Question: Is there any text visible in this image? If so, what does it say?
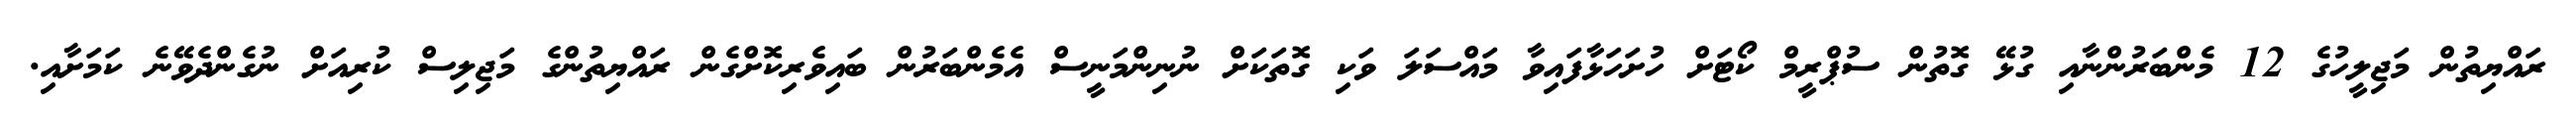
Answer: ރައްޔިތުން މަޖިލީހުގެ 12 މެންބަރުންނާއި ގުޅޭ ގޮތުން ސުޕްރީމް ކޯޓަށް ހުށަހަޅާފައިވާ މައްސަލަ ވަކި ގޮތަކަށް ނުނިންމަނީސް އެމެންބަރުން ބައިވެރިކޮށްގެން ރައްޔިތުންގެ މަޖިލިސް ކުރިއަށް ނުގެންދެވޭނެ ކަމަށާއި.